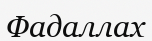
Фадаллах